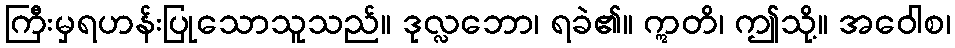
ကြီးမှရဟန်းပြုသောသူသည်။ ဒုလ္လဘော၊ ရခဲ၏။ ဣတိ၊ ဤသို့။ အဝေါစ၊